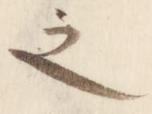
之